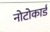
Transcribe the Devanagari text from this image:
नोटोकार्ड